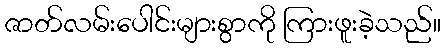
ဇာတ်လမ်းပေါင်းများစွာကို ကြားဖူးခဲ့သည်။